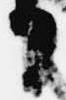
日